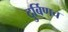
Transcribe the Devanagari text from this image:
दुर्बिणच